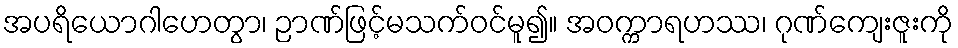
အပရိယောဂါဟေတွာ၊ ဉာဏ်ဖြင့်မသက်ဝင်မူ၍။ အဝက္ကာရဟဿ၊ ဂုဏ်ကျေးဇူးကို